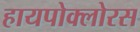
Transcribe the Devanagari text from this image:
हायपोक्लोरस